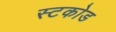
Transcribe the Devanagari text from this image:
स्टकोड